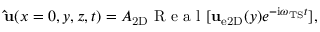
{ \bf \hat { u } } ( x = 0 , y , z , t ) = A _ { \mathrm { 2 D } } \mathrm { ~ R ~ e ~ a ~ l ~ } [ { \bf u } _ { \mathrm { e 2 D } } ( y ) e ^ { - \mathrm { i } \omega _ { \mathrm { T S } } t } ] ,